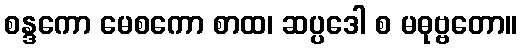
စန္ဒကော မေစကော စာထ၊ ဆပ္ပဒေါ စ မဓုဗ္ဗတော။